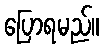
ပြောရမည်။